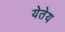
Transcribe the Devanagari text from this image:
येतेय